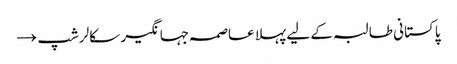
پاکستانی طالبہ کے لیے پہلا عاصمہ جہانگیر سکالرشپ →